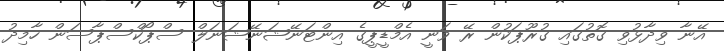
އޭނާ ވިދާޅުވި ގޮތުގައި ގުރޫޕަކުން ރޭ ވަނީ އެމްޑީޕީގެ އިންޓަނޭޝަނޭޝަނަލް ސްޕޯކްސްޕާސަން ހާމިދު